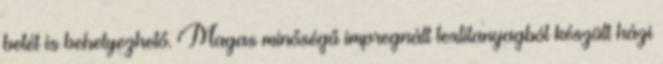
betét is behelyezhető. Magas minőségű impregnált textilanyagból készült házi